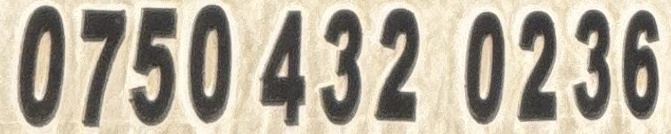
0750 432 0236